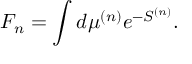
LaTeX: { \cal F } _ { n } = \int d \mu ^ { ( n ) } e ^ { - S ^ { ( n ) } } .